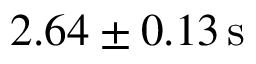
2 . 6 4 \pm 0 . 1 3 \mathrm { \, s }